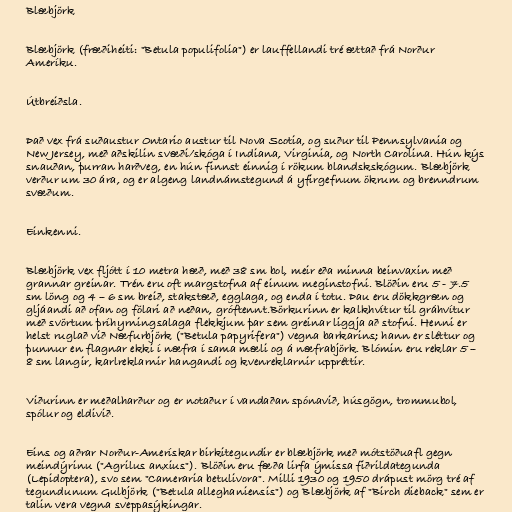
Blæbjörk

Blæbjörk (fræðiheiti: "Betula populifolia") er lauffellandi tré ættað frá Norður
Ameríku.

Útbreiðsla.

Það vex frá suðaustur Ontario austur til Nova Scotia, og suður til Pennsylvania og
New Jersey, með aðskilin svæði/skóga í Indiana, Virginia, og North Carolina. Hún kýs
snauðan, þurran harðveg, en hún finnst einnig í rökum blandskskógum. Blæbjörk
verður um 30 ára, og er algeng landnámstegund á yfirgefnum ökrum og brenndrum
svæðum.

Einkenni.

Blæbjörk vex fljótt í 10 metra hæð, með 38 sm bol, meir eða minna beinvaxin með
grannar greinar. Trén eru oft margstofna af einum meginstofni. Blöðin eru 5 - 7.5
sm löng og 4 – 6 sm breið, stakstæð, egglaga, og enda í totu. Þau eru dökkgræn og
gljáandi að ofan og fölari að neðan, gróftennt.Börkurinn er kalkhvítur til gráhvítur
með svörtum þríhyrningsalaga flekkjum þar sem greinar liggja að stofni. Henni er
helst ruglað við Næfurbjörk ("Betula papyrifera") vegna barkarins; hann er sléttur og
þunnur en flagnar ekki í næfra í sama mæli og á næfrabjörk. Blómin eru reklar 5 –
8 sm langir, karlreklarnir hangandi og kvenreklarnir uppréttir.

Viðurinn er meðalharður og er notaður í vandaðan spónavið, húsgögn, trommubol,
spólur og eldivið.

Eins og aðrar Norður-Amerískar birkitegundir er blæbjörk með mótstöðuafl gegn
meindýrinu ("Agrilus anxius"). Blöðin eru fæða lirfa ýmissa fiðrildategunda
(Lepidoptera), svo sem "Cameraria betulivora". Milli 1930 og 1950 drápust mörg tré af
tegundunum Gulbjörk ("Betula alleghaniensis") og Blæbjörk af "Birch dieback" sem er
talin vera vegna sveppasýkingar.